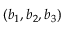
( b _ { 1 } , b _ { 2 } , b _ { 3 } )